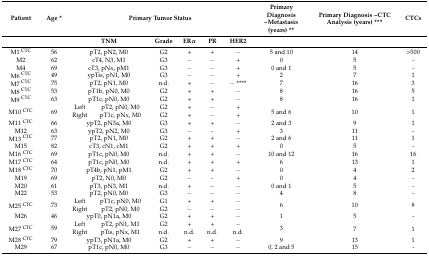
<table><thead><tr><td><b>Patient</b></td><td><b>Age *</b></td><td colspan="6"><b>Primary Tumor Status</b></td><td><b>Primary Diagnosis ~Metastasis (years) **</b></td><td><b>Primary Diagnosis ~CTC Analysis (years) ***</b></td><td><b>CTCs</b></td></tr><tr><td></td><td></td><td colspan="2"><b>TNM</b></td><td><b>Grade</b></td><td><b>ERα</b></td><td><b>PR</b></td><td><b>HER2</b></td><td></td><td></td><td></td></tr></thead><tbody><tr><td>M1 <sup>CTC</sup></td><td>56</td><td colspan="2">pT2, pN2, M0</td><td>G2</td><td>+</td><td>+</td><td>−</td><td>5 and 10</td><td>14</td><td>&gt;500</td></tr><tr><td>M2</td><td>62</td><td colspan="2">cT4, N3, M1</td><td>G3</td><td>−</td><td>−</td><td>+</td><td>0</td><td>5</td><td>-</td></tr><tr><td>M4</td><td>69</td><td colspan="2">cT3, pNx, pM1</td><td>G3</td><td>−</td><td>−</td><td>+</td><td>0 and 1</td><td>5</td><td>-</td></tr><tr><td>M6 <sup>CTC</sup></td><td>49</td><td colspan="2">ypTis, pN1, M0</td><td>G3</td><td>−</td><td>−</td><td>+</td><td>2</td><td>7</td><td>1</td></tr><tr><td>M7 <sup>CTC</sup></td><td>75</td><td colspan="2">pT2, pN1, M0</td><td>n.d.</td><td>+</td><td>−</td><td>− ****</td><td>7</td><td>16</td><td>3</td></tr><tr><td>M8 <sup>CTC</sup></td><td>53</td><td colspan="2">pT1b, pN0, M0</td><td>G2</td><td>+</td><td>+</td><td>−</td><td>8</td><td>16</td><td>5</td></tr><tr><td>M9 <sup>CTC</sup></td><td>63</td><td colspan="2">pT1c, pN0, M0</td><td>G2</td><td>+</td><td>+</td><td>−</td><td>8</td><td>16</td><td>1</td></tr><tr><td rowspan="2">M10 <sup>CTC</sup></td><td rowspan="2">69</td><td>Left</td><td>pT2, pN0, M0</td><td>G2</td><td>+</td><td>−</td><td>+</td><td rowspan="2">5 and 6</td><td rowspan="2">10</td><td rowspan="2">1</td></tr><tr><td>Right</td><td>pT1c, pNx, M0</td><td>G2</td><td>+</td><td>−</td><td>+</td></tr><tr><td>M11 <sup>CTC</sup></td><td>66</td><td colspan="2">ypT2, pN3a, M0</td><td>G3</td><td>+</td><td>+</td><td>−</td><td>2 and 3</td><td>9</td><td>1</td></tr><tr><td>M12</td><td>63</td><td colspan="2">ypT2, pN2, M0</td><td>G3</td><td>−</td><td>-</td><td>+</td><td>3</td><td>11</td><td>-</td></tr><tr><td>M13 <sup>CTC</sup></td><td>77</td><td colspan="2">pT2, pN1, M0</td><td>G2</td><td>+</td><td>+</td><td>−</td><td>2 and 6</td><td>11</td><td>1</td></tr><tr><td>M15</td><td>82</td><td colspan="2">cT3, cN1, cM1</td><td>G2</td><td>+</td><td>+</td><td>+</td><td>0</td><td>5</td><td>-</td></tr><tr><td>M16 <sup>CTC</sup></td><td>69</td><td colspan="2">pT1c, pN0, M0</td><td>n.d.</td><td>+</td><td>+</td><td>−</td><td>10 and 12</td><td>16</td><td>16</td></tr><tr><td>M17 <sup>CTC</sup></td><td>64</td><td colspan="2">pT1c, pN0, M0</td><td>n.d.</td><td>+</td><td>+</td><td>+</td><td>6</td><td>13</td><td>1</td></tr><tr><td>M18 <sup>CTC</sup></td><td>70</td><td colspan="2">pT4b, pN1, pM1</td><td>G2</td><td>+</td><td>+</td><td>−</td><td>0</td><td>4</td><td>2</td></tr><tr><td>M19</td><td>69</td><td colspan="2">pT2, N0, M0</td><td>G2</td><td>−</td><td>-</td><td>+</td><td>0</td><td>4</td><td>-</td></tr><tr><td>M20</td><td>61</td><td colspan="2">pT3, pN3, M1</td><td>n.d.</td><td>+</td><td>−</td><td>−</td><td>0 and 1</td><td>5</td><td>-</td></tr><tr><td>M22</td><td>53</td><td colspan="2">pT2, pN0, M0</td><td>G3</td><td>−</td><td>−</td><td>−</td><td>4</td><td>8</td><td>-</td></tr><tr><td rowspan="2">M25 <sup>CTC</sup></td><td rowspan="2">73</td><td>Left</td><td>pT1c, pN0, M0</td><td>G1</td><td>+</td><td>+</td><td>−</td><td rowspan="2">6</td><td rowspan="2">10</td><td rowspan="2">8</td></tr><tr><td>Right</td><td>pT2, pN0, M0</td><td>G2</td><td>−</td><td>−</td><td>−</td></tr><tr><td>M26</td><td>46</td><td colspan="2">ypT0, pN1a, M0</td><td>G2</td><td>+</td><td>+</td><td>−</td><td>1</td><td>5</td><td>-</td></tr><tr><td rowspan="2">M27 <sup>CTC</sup></td><td rowspan="2">59</td><td>Left</td><td>pT2, pN1, M1</td><td>G2</td><td>+</td><td>+</td><td>−</td><td rowspan="2">3</td><td rowspan="2">7</td><td rowspan="2">1</td></tr><tr><td>Right</td><td>pTis, pNx, M1</td><td>n.d.</td><td>n.d.</td><td>n.d.</td><td>n.d.</td></tr><tr><td>M28 <sup>CTC</sup></td><td>79</td><td colspan="2">ypT3, pN1a, M0</td><td>G2</td><td>+</td><td>+</td><td>−</td><td>9</td><td>13</td><td>1</td></tr><tr><td>M29</td><td>67</td><td colspan="2">pT1c, pN0, M0</td><td>G3</td><td>−</td><td>−</td><td>−</td><td>0, 2 and 5</td><td>15</td><td>-</td></tr></tbody></table>